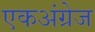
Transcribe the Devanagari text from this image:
एकअंग्रेज